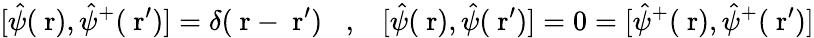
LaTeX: [\hat{\psi}(\mathrm{\mathbf~r}),\hat{\psi}^{+}(\mathrm{\mathbf~r}^{\prime})]=\delta(\mathrm{\mathbf~r}-\mathrm{\mathbf~r}^{\prime})\; \; \; ,\; \; \; [\hat{\psi}(\mathrm{\mathbf~r}),\hat{\psi}(\mathrm{\mathbf~r}^{\prime})]=0=[\hat{\psi}^{+}(\mathrm{\mathbf~r}),\hat{\psi}^{+}(\mathrm{\mathbf~r}^{\prime})]